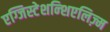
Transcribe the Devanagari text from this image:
एग्जिस्टेशन्शिएलिज़्म